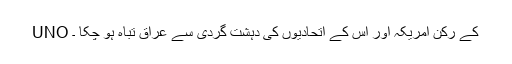
UNO کے رکن امریکہ اور اس کے اتحادیوں کی دہشت گردی سے عراق تباہ ہو چکا ۔